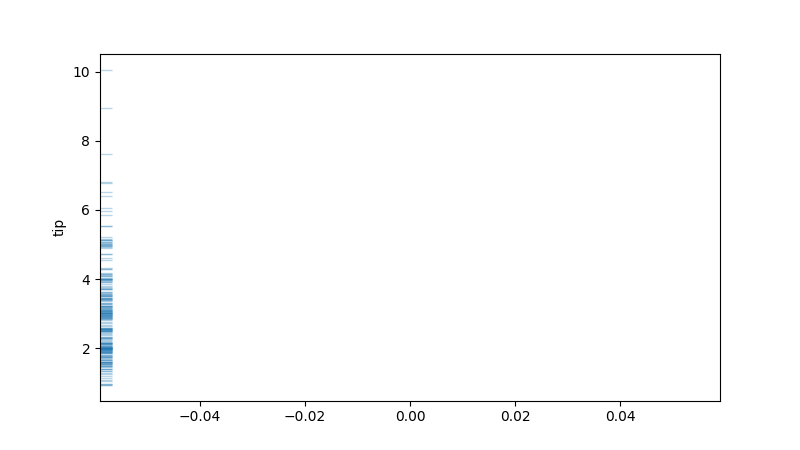
python, seaborn, rugplot, height=0.02, axis='y', alpha=0.3